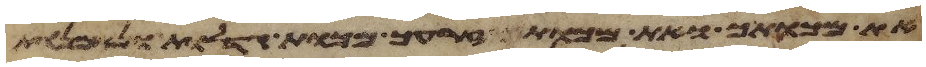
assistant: את מכותך ואת מכות זרעך מכות גדלות ונאמנות